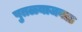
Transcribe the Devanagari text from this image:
पुतळ्याजवळ